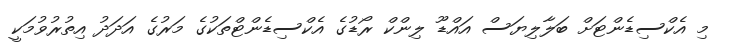
މި އެކްސިޑެންޓަށް ބަލާލިޔަސް އައްޑޫ ލިންކް ރޯޑުގެ އެކްސިޑެންޓްތަކުގެ މަރުގެ އަދަދު އިތުރުވުމަކީ